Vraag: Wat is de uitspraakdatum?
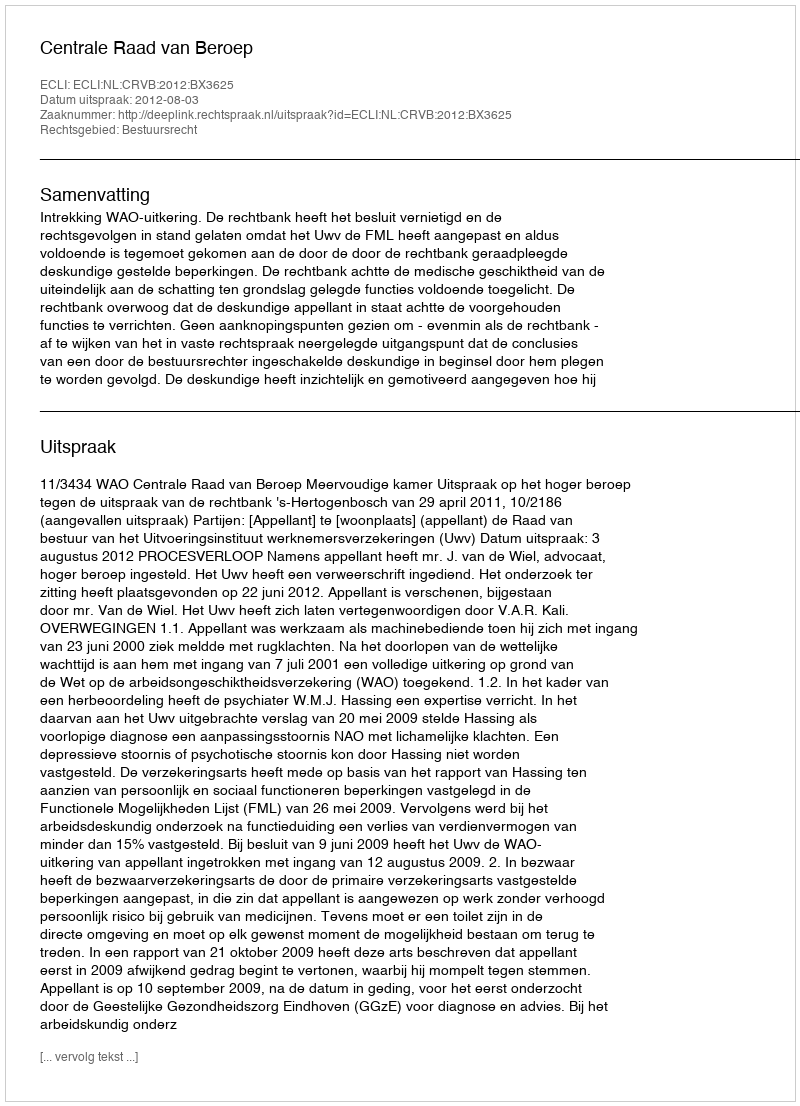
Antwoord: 2012-08-03